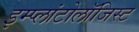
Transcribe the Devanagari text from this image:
इम्प्लांटोलॉजिस्ट